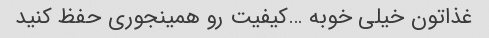
غذاتون خیلی خوبه …کیفیت رو همینجوری حفظ کنید